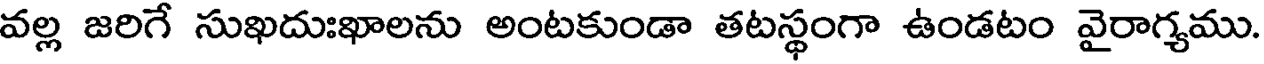
వల్ల జరిగే సుఖదుఃఖాలను అంటకుండా తటస్థంగా ఉండటం వైరాగ్యము.